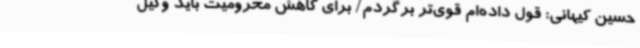
حسین کیهانی: قول داده‌ام قوی‌تر برگردم/ برای کاهش محرومیت باید وکیل